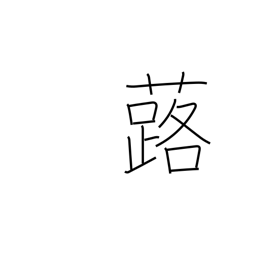
Meaning: bog rhubarb